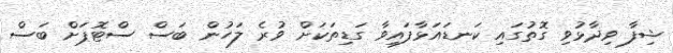
ޝިފާ ވިދާޅުވި ގޮތުގައި ކަނޑައަޅާފައިވާ ގަޑިތަކަށް ވުރެ ލަހުން ބަސް ސްޓޮޕަށް ބަސް